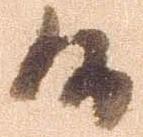
候